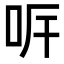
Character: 𠰑